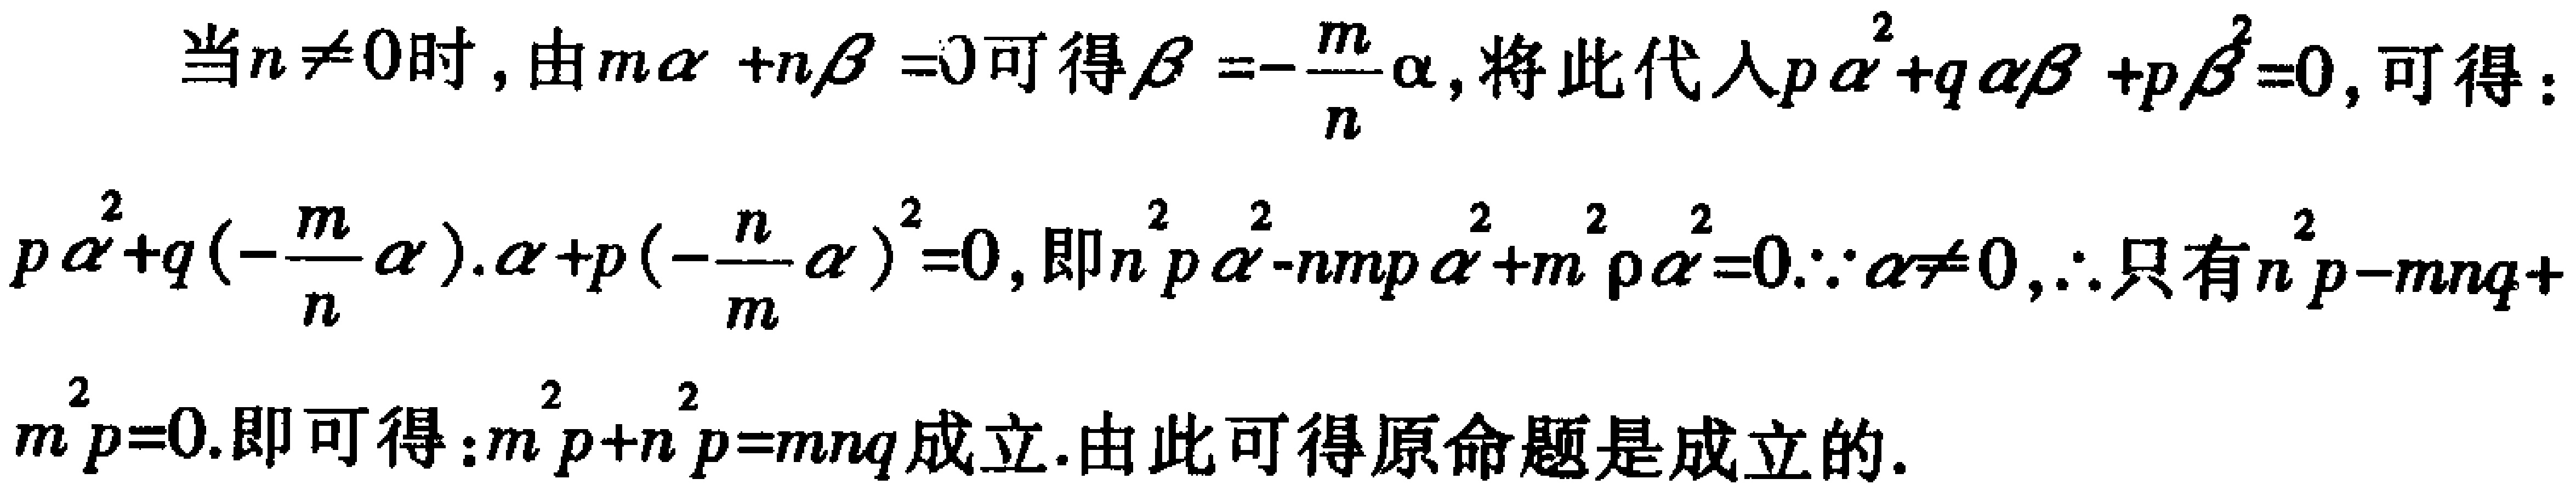
当\(n\neq 0\)时，由\(m\alpha +n\beta =0\)可得\(\beta =-\frac{m}{n}\alpha\)，将此代入\(p\alpha^{2}+q\alpha\beta +p\beta^{2}=0\)，可得：

\(p\alpha^{2}+q\left(-\frac{m}{n}\alpha\right)\cdot\alpha +p\left(-\frac{n}{m}\alpha\right)^{2}=0\)，即\(n^{2}p\alpha^{2}-nmp\alpha^{2}+m^{2}p\alpha^{2}=0\)。\(\because\alpha\neq 0\)，\(\therefore\)只有\(n^{2}p - mnq + m^{2}p = 0\)。即可得：\(m^{2}p + n^{2}p = mnq\)成立。由此可得原命题是成立的。